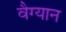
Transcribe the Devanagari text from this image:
वैग्यान